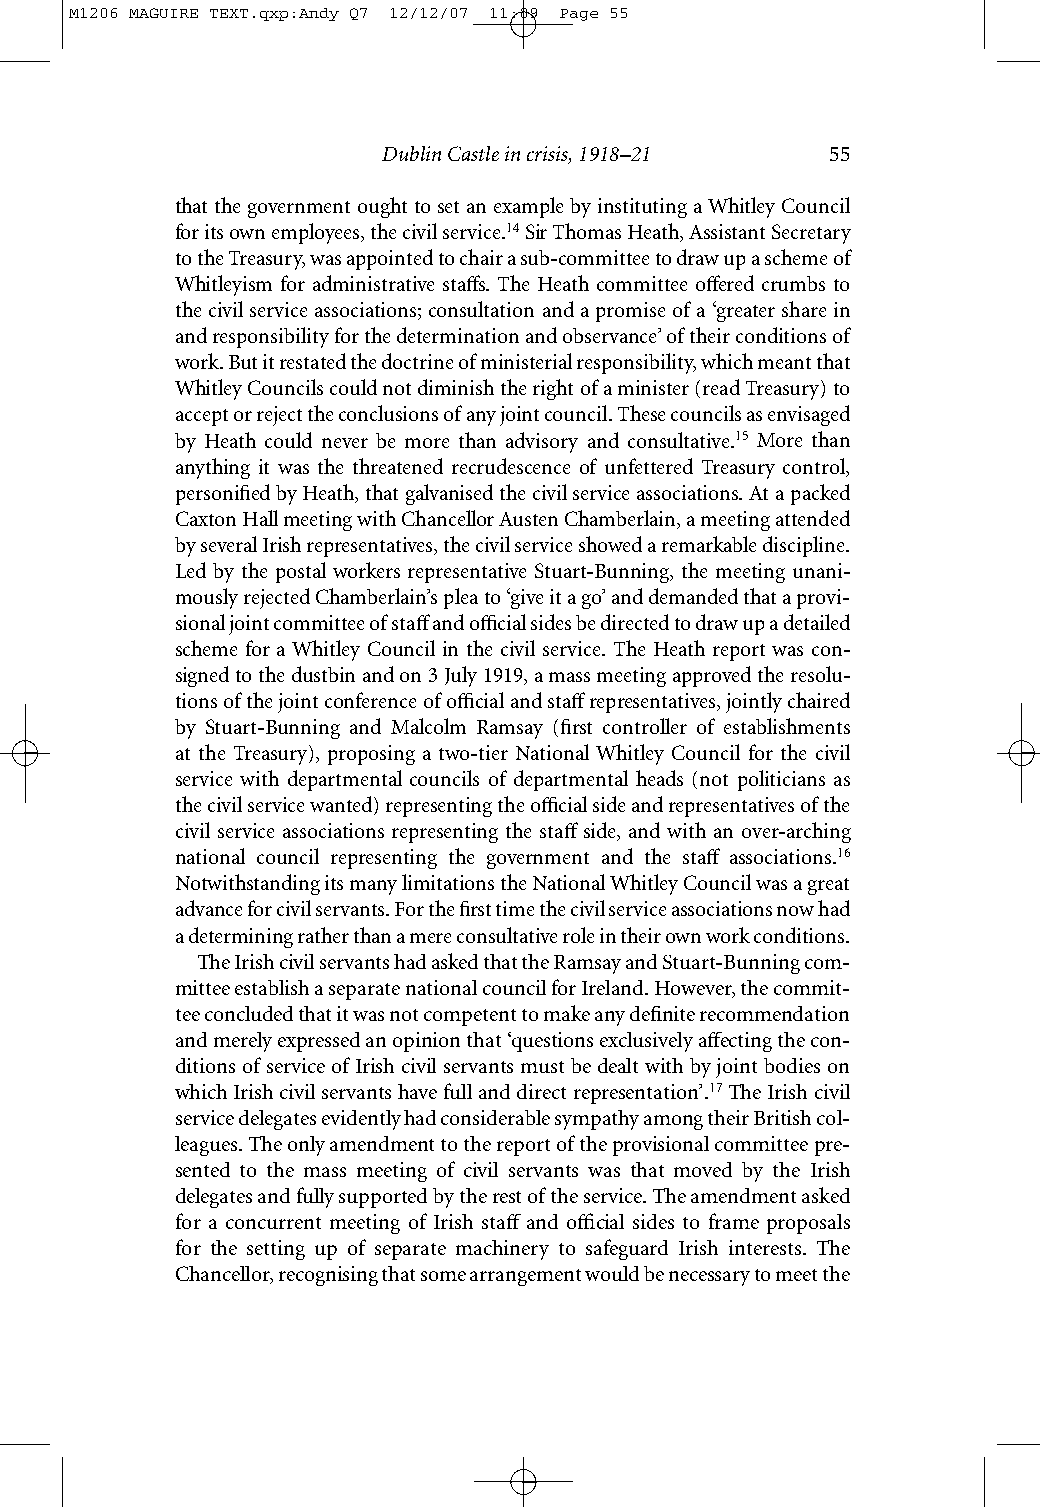
M1206 MAGUIRE TEXT.qxp:Andy Q7 12/12/07 11:09 Page 55
 Dublin Castle in crisis, 1918–21 55
 that the government ought to set an example by instituting a Whitley Council
 for its own employees, the civil service.14Sir Thomas Heath, Assistant Secretary
 to the Treasury, was appointed to chair a sub-committee to draw up a scheme of
 Whitleyism for administrative staffs. The Heath committee offered crumbs to
 the civil service associations; consultation and a promise of a ‘greater share in
 and responsibility for the determination and observance’ of their conditions of
 work. But it restated the doctrine of ministerial responsibility, which meant that
 Whitley Councils could not diminish the right of a minister (read Treasury) to
 accept or reject the conclusions of any joint council. These councils as envisaged
 by Heath could never be more than advisory and consultative.15 More than
 anything it was the threatened recrudescence of unfettered Treasury control,
 personified by Heath, that galvanised the civil service associations. At a packed
 Caxton Hall meeting with Chancellor Austen Chamberlain, a meeting attended
 by several Irish representatives, the civil service showed a remarkable discipline.
 Led by the postal workers representative Stuart-Bunning, the meeting unani-
 mously rejected Chamberlain’s plea to ‘give it a go’ and demanded that a provi-
 sional joint committee of staffand official sides be directed to draw up a detailed
 scheme for a Whitley Council in the civil service. The Heath report was con-
 signed to the dustbin and on 3 July 1919, a mass meeting approved the resolu-
 tions of the joint conference of official and staffrepresentatives, jointly chaired
 by Stuart-Bunning and Malcolm Ramsay (first controller of establishments
 at the Treasury), proposing a two-tier National Whitley Council for the civil
 service with departmental councils of departmental heads (not politicians as
 thecivil service wanted) representing the official side and representatives of the
 civil service associations representing the staff side, and with an over-arching
 national council representing the government and the staff associations.16
 Notwithstanding its many limitations the National Whitley Council was a great
 advance for civil servants. For the first time the civil service associations now had
 a determining rather than a mere consultative role in their own work conditions.
 The Irish civil servants had asked that the Ramsay and Stuart-Bunning com-
 mittee establish a separate national council for Ireland. However, the commit-
 tee concluded that it was not competent to make any definite recommendation
 and merely expressed an opinion that ‘questions exclusively affecting the con-
 ditions of service of Irish civil servants must be dealt with by joint bodies on
 which Irish civil servants have full and direct representation’.17The Irish civil
 service delegates evidently had considerable sympathy among their British col-
 leagues. The only amendment to the report of the provisional committee pre-
 sented to the mass meeting of civil servants was that moved by the Irish
 delegates and fully supported by the rest of the service. The amendment asked
 for a concurrent meeting of Irish staff and official sides to frame proposals
 for the setting up of separate machinery to safeguard Irish interests. The
 Chancellor, recognising that some arrangement would be necessary to meet the